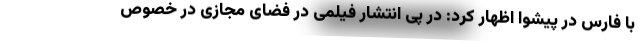
با فارس در پیشوا اظهار کرد: در پی انتشار فیلمی در فضای مجازی در خصوص